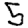
Digit: 5